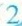
2